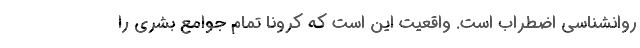
روانشناسی اضطراب است. واقعیت این است که کرونا تمام جوامع بشری را